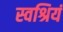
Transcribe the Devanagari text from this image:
स्वश्रियं